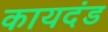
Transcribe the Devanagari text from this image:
कायदंड